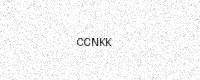
Text: CCNKK